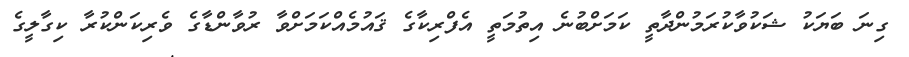
ގިނަ ބަޔަކު ޝަކުވާކުރަމުންދާތީ ކަމަށްބުނެ އިތުމަތީ އެފްރިކާގެ ޤައުމެއްކަމަށްވާ ރުވާންޑާގެ ވެރިކަންކުރާ ކިގާލީގެ